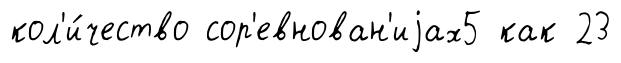
кол'и́чество сор'евнован'иjах5 как 23